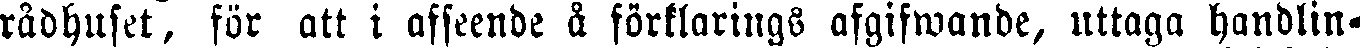
rådhuset, för att i afseende å förklarings afgifwande, uttaga handlin-